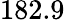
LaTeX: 182.9